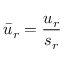
\bar { u } _ { r } = \frac { u _ { r } } { s _ { r } }